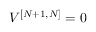
V ^ { [ { N + 1 } , { N } ] } = 0